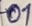
Text: C01